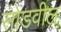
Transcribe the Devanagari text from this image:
सोडवील